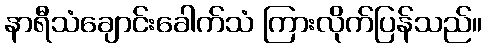
နာရီသံချောင်းခေါက်သံ ကြားလိုက်ပြန်သည်။